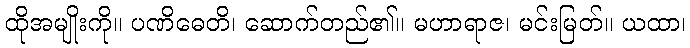
ထိုအမျိုးကို။ ပဏိဓေတိ၊ ဆောက်တည်၏။ မဟာရာဇ၊ မင်းမြတ်။ ယထာ၊